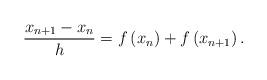
LaTeX: \begin{align*}\frac{x_{n+1}-x_{n}}{h}=f\left( x_{n}\right) +f\left( x_{n+1}\right) . \end{align*}